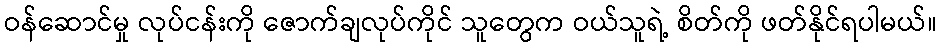
ဝန်ဆောင်မှု လုပ်ငန်းကို ဇောက်ချလုပ်ကိုင် သူတွေက ဝယ်သူရဲ့ စိတ်ကို ဖတ်နိုင်ရပါမယ်။